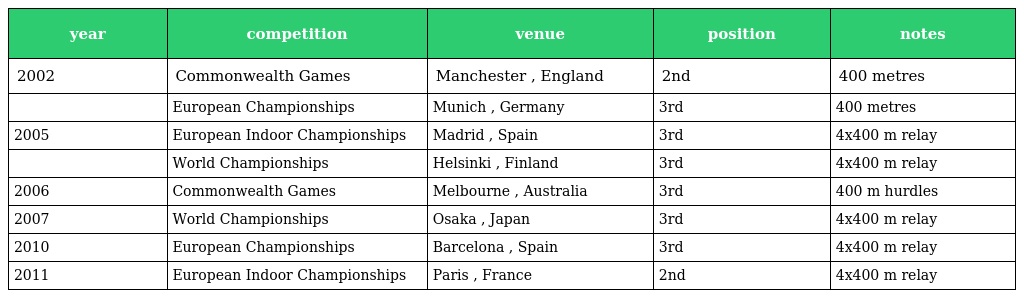
| year | competition | venue | position | notes |
 | --- | --- | --- | --- | --- |
 | 2002 | Commonwealth Games | Manchester , England | 2nd | 400 metres |
 |  | European Championships | Munich , Germany | 3rd | 400 metres |
 | 2005 | European Indoor Championships | Madrid , Spain | 3rd | 4x400 m relay |
 |  | World Championships | Helsinki , Finland | 3rd | 4x400 m relay |
 | 2006 | Commonwealth Games | Melbourne , Australia | 3rd | 400 m hurdles |
 | 2007 | World Championships | Osaka , Japan | 3rd | 4x400 m relay |
 | 2010 | European Championships | Barcelona , Spain | 3rd | 4x400 m relay |
 | 2011 | European Indoor Championships | Paris , France | 2nd | 4x400 m relay |